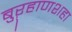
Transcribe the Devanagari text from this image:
बुऱ्हाणशहा